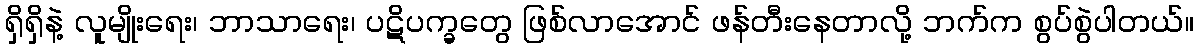
ရှိရှိနဲ့ လူမျိုးရေး၊ ဘာသာရေး၊ ပဋိပက္ခတွေ ဖြစ်လာအောင် ဖန်တီးနေတာလို့ ဘက်က စွပ်စွဲပါတယ်။